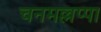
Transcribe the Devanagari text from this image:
चनमल्लप्पा